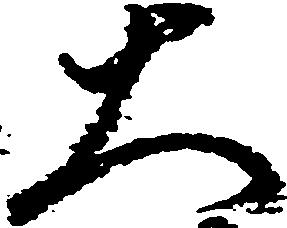
大